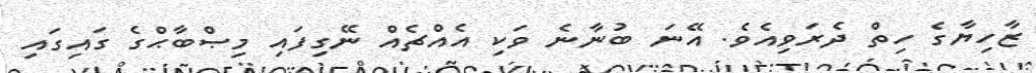
ޒާހިޔާގެ ހިތް ދެރަވިއެވެ. އޭނަ ބުނާނެ ވަކި އެއްޗެއް ނޭގިފައި މިޞްބާޙްގެ ގައިގައި